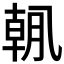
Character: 𫡯